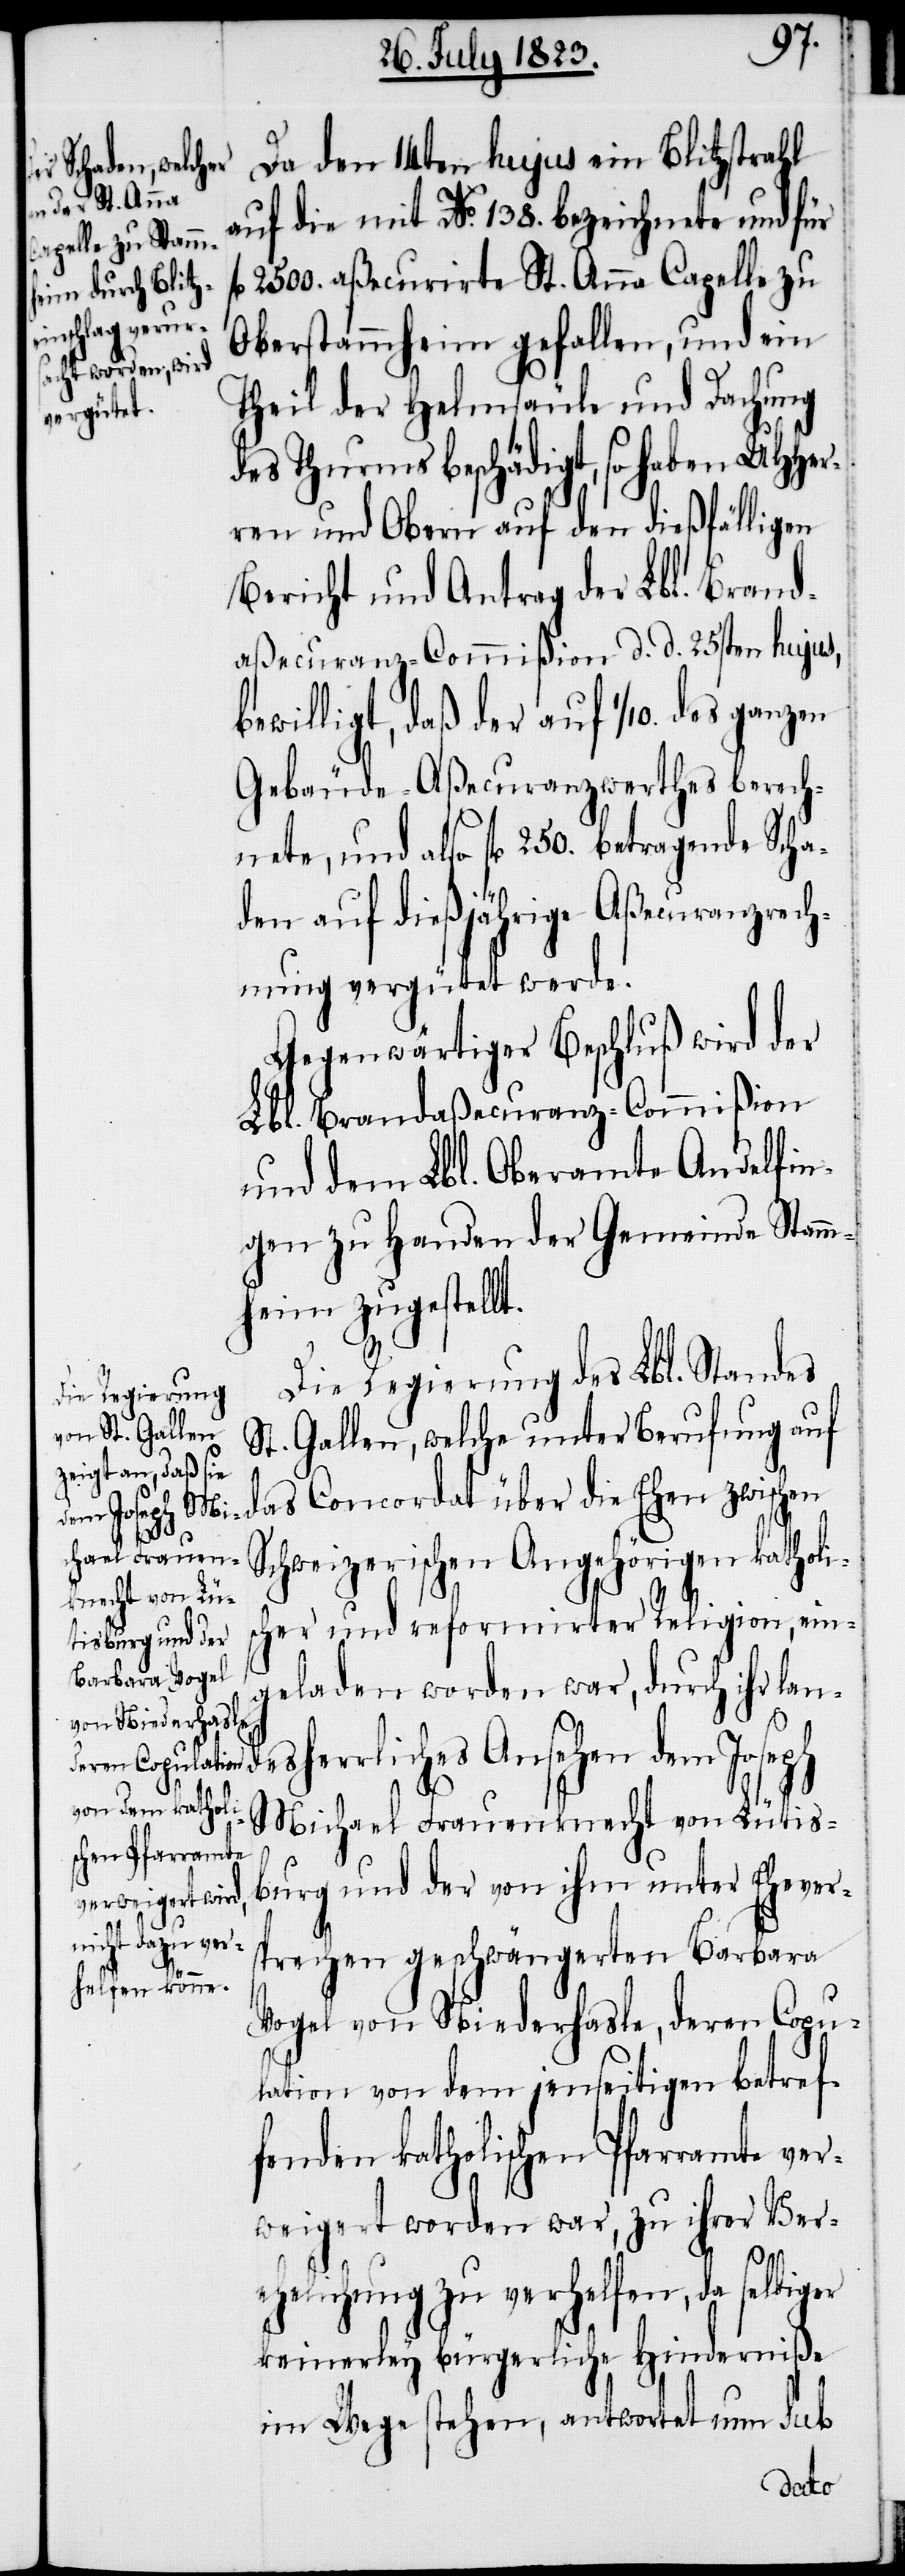
Da den 14ten hujus ein Blitzstrahl
auf die mit No. 138. bezeichnete und für
fl 2500. aßecurirte St. Anna Capelle zu
Oberstammheim gefallen, und ein
Theil der Helmsäule und Dachung
des Thurmes beschädigt, so haben UHHer¬
ren und Obern auf den dießfälligen
Bericht und Antrag der Lbl. Brand¬
aßecuranz-Commißion d. d. 25sten hujus,
bewilligt, daß der auf 1/10. des ganzen
Gebäude-Aßecuranzwerthes berech¬
nete, und also fl 250. betragende Scha¬
den auf dießjährige Aßecuranzrech¬
nung vergütet werde.
Gegenwärtiger Beschluß wird der
Lbl. Brandaßecuranz-Commißion
und dem Lbl. Oberamte Andelfin¬
gen zu Handen der Gemeinde Stamm¬
heim zugestellt.
Die Regierung des Lbl. Standes
St. Gallen, welche unter Berufung auf
das Concordat über die Ehen zwischen
Schweizerischen Angehörigen katholi¬
scher und reformirter Religion, ein¬
geladen worden war, durch ih¬
r landesherrliches Ansehen dem Joseph
Michael Frauenknecht von Lütis¬
burg und der von ihm unter Ehever¬
sprechen geschwängerten Barbara
Vogel von Niederhasle, deren Copu¬
lation von dem jenseitigen betref¬
fenden katholischen Pfarramte ver¬
weigert worden war, zu ihrer Ver¬
ehelichung zu verhelfen, da selbiger
keinerley bürgerliche Hinderniße
im Wege stehen, antwortet nun sub